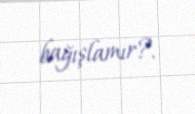
bağışlamır?.